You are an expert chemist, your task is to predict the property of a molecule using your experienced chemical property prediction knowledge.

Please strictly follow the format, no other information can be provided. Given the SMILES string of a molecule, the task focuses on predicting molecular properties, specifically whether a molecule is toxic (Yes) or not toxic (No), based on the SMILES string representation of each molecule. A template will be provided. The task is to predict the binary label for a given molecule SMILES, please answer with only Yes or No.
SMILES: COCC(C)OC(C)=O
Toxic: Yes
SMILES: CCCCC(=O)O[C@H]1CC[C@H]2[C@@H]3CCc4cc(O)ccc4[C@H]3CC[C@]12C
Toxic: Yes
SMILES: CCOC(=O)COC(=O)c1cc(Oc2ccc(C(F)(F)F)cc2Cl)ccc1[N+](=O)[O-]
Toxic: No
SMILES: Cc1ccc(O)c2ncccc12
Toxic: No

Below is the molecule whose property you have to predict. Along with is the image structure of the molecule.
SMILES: CCCCOC(=O)C(C)Oc1ccc(Oc2ccc(C(F)(F)F)cn2)cc1
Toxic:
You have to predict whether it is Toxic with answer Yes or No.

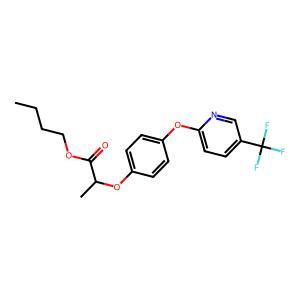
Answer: No